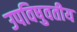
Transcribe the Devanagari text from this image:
उपविषुवतीय